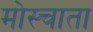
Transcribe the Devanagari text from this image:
मोस्चाता